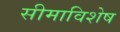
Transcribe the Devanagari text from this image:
सीमाविशेष